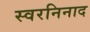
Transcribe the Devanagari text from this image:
स्वरनिनाद